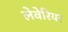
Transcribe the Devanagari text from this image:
लेवेरियर